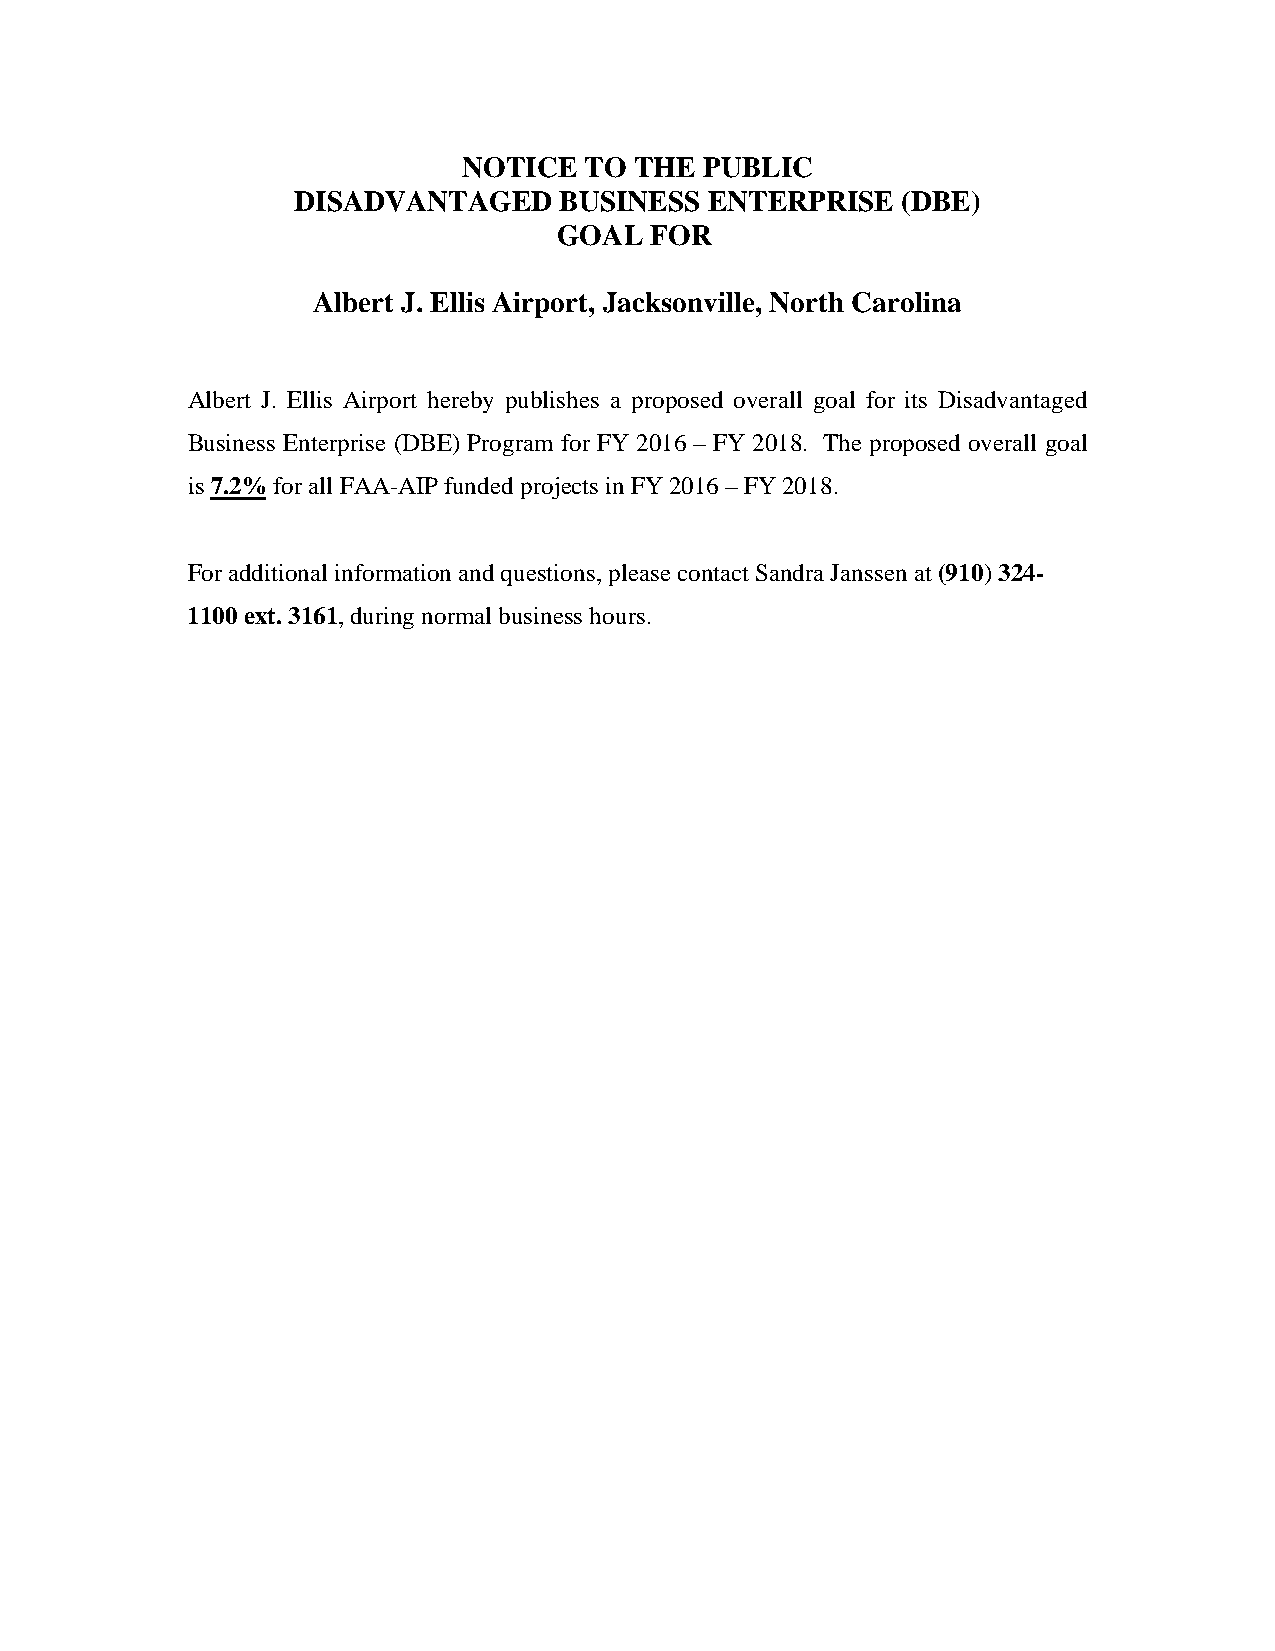
NOTICE  TO THE  PUBLIC
 DISADVANTAGED     BUSINESS  ENTERPRISE   (DBE)
 GOAL  FOR
 Albert J. Ellis Airport, Jacksonville, North Carolina
 Albert J. Ellis Airport hereby publishes a proposed overall goal for its Disadvantaged
 Business Enterprise (DBE) Program for FY 2016 – FY 2018. The proposed overall goal
 is 7.2% for all FAA-AIP funded projects in FY 2016 – FY 2018.
 For additional information and questions, please contact Sandra Janssen at (910) 324-
 1100 ext. 3161, during normal business hours.